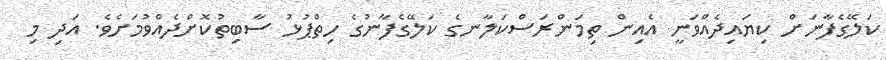
ކަލޭގެފާނަށް ކިޔައިދެއްވަނީ އެއިން ތިމަންރަސްކަލާނގެ ކަލޭގެފާނުގެ ހިތްޕުޅު ސާބިތުކޮށްދެއްވުމަށެވެ. އަދި މި